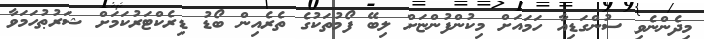
މިދެންނެވި ސުންގަޑިއާ ހަމައަށް މިކުންފުންޏަށް ލިބޭ ފޯމުތަކުގެ ތެރެއިން ބޯޑު ޑިރެކްޓަރުކަމަށް ޝަރުޠުހަމަވާ